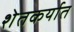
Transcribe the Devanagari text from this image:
शेतकर्यात